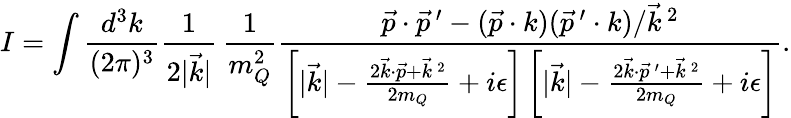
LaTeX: I=\int\frac{d^{3}k}{(2\pi)^{3}}\frac{1}{2|\vec{k}|}\, \frac{1}{m_{Q}^{2}}\frac{\vec{p}\cdot\vec{p}^{\, \prime}-(\vec{p}\cdot k)(\vec{p}^{\, \prime}\cdot k)/\vec{k}^{\, 2}}{\left[|\vec{k}|-\frac{2\vec{k}\cdot\vec{p}+\vec{k}^{\, 2}}{2m_{Q}}+i\epsilon\right]\left[|\vec{k}|-\frac{2\vec{k}\cdot\vec{p}^{\, \prime}+\vec{k}^{\, 2}}{2m_{Q}}+i\epsilon\right]}.